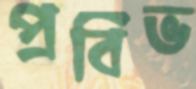
প্রবিভ